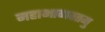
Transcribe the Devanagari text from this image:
महाभागवतमु